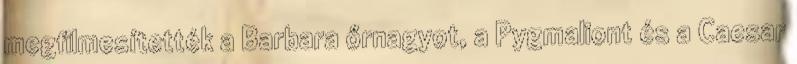
megfilmesítették a Barbara őrnagyot, a Pygmaliont és a Caesar